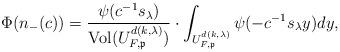
LaTeX: \begin{align*}\Phi(n_{-}(c)) = \frac{\psi( c^{-1} s_\lambda) }{\mathrm{Vol}(U^{d(k,\lambda)}_{F,\mathfrak{p}})} \cdot \int_{U^{d(k,\lambda)}_{F,\mathfrak{p}}} \psi(- c^{-1} s_\lambda y)dy,\end{align*}